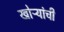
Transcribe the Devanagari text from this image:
खोऱ्यांची